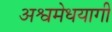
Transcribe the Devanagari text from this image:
अश्वमेधयागी